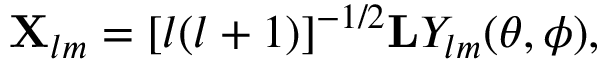
{ \bf X } _ { l m } = [ l ( l + 1 ) ] ^ { - 1 / 2 } { \bf L } Y _ { l m } ( \theta , \phi ) ,